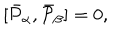
LaTeX: \lbrack \bar { { \cal P } } _ { \alpha } , \bar { { \cal P } } _ { \beta } ] = 0 ,